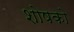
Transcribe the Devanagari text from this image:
शोषको